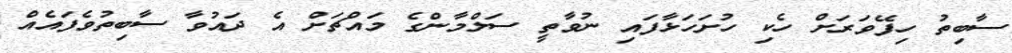
ސާބިތު ހިފޭވަރަށް ހެކި ހުށަހަޅާފައި ނުވާތީ ސަލްމާންގެ މައްޗަށް އެ ދައުވާ ސާބިތުވެފައެއް